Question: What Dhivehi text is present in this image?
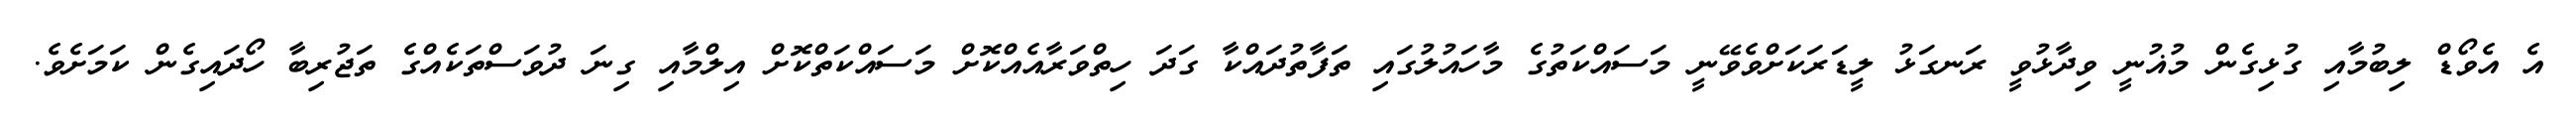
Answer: އެ އެވޯޑް ލިބުމާއި ގުޅިގެން މުޣުނީ ވިދާޅުވީ ރަނގަޅު ލީޑަރަކަށްވެވޭނީ މަސައްކަތުގެ މާހައުލުގައި ތަފާތުދައްކާ ގަދަ ހިތްވަރާއެއްކޮށް މަސައްކަތްކޮށް އިލްމާއި ގިނަ ދުވަސްތަކެއްގެ ތަޖުރިބާ ހޯދައިގެން ކަމަށެވެ.